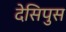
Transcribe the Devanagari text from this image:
देसिपुस